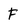
Character: F